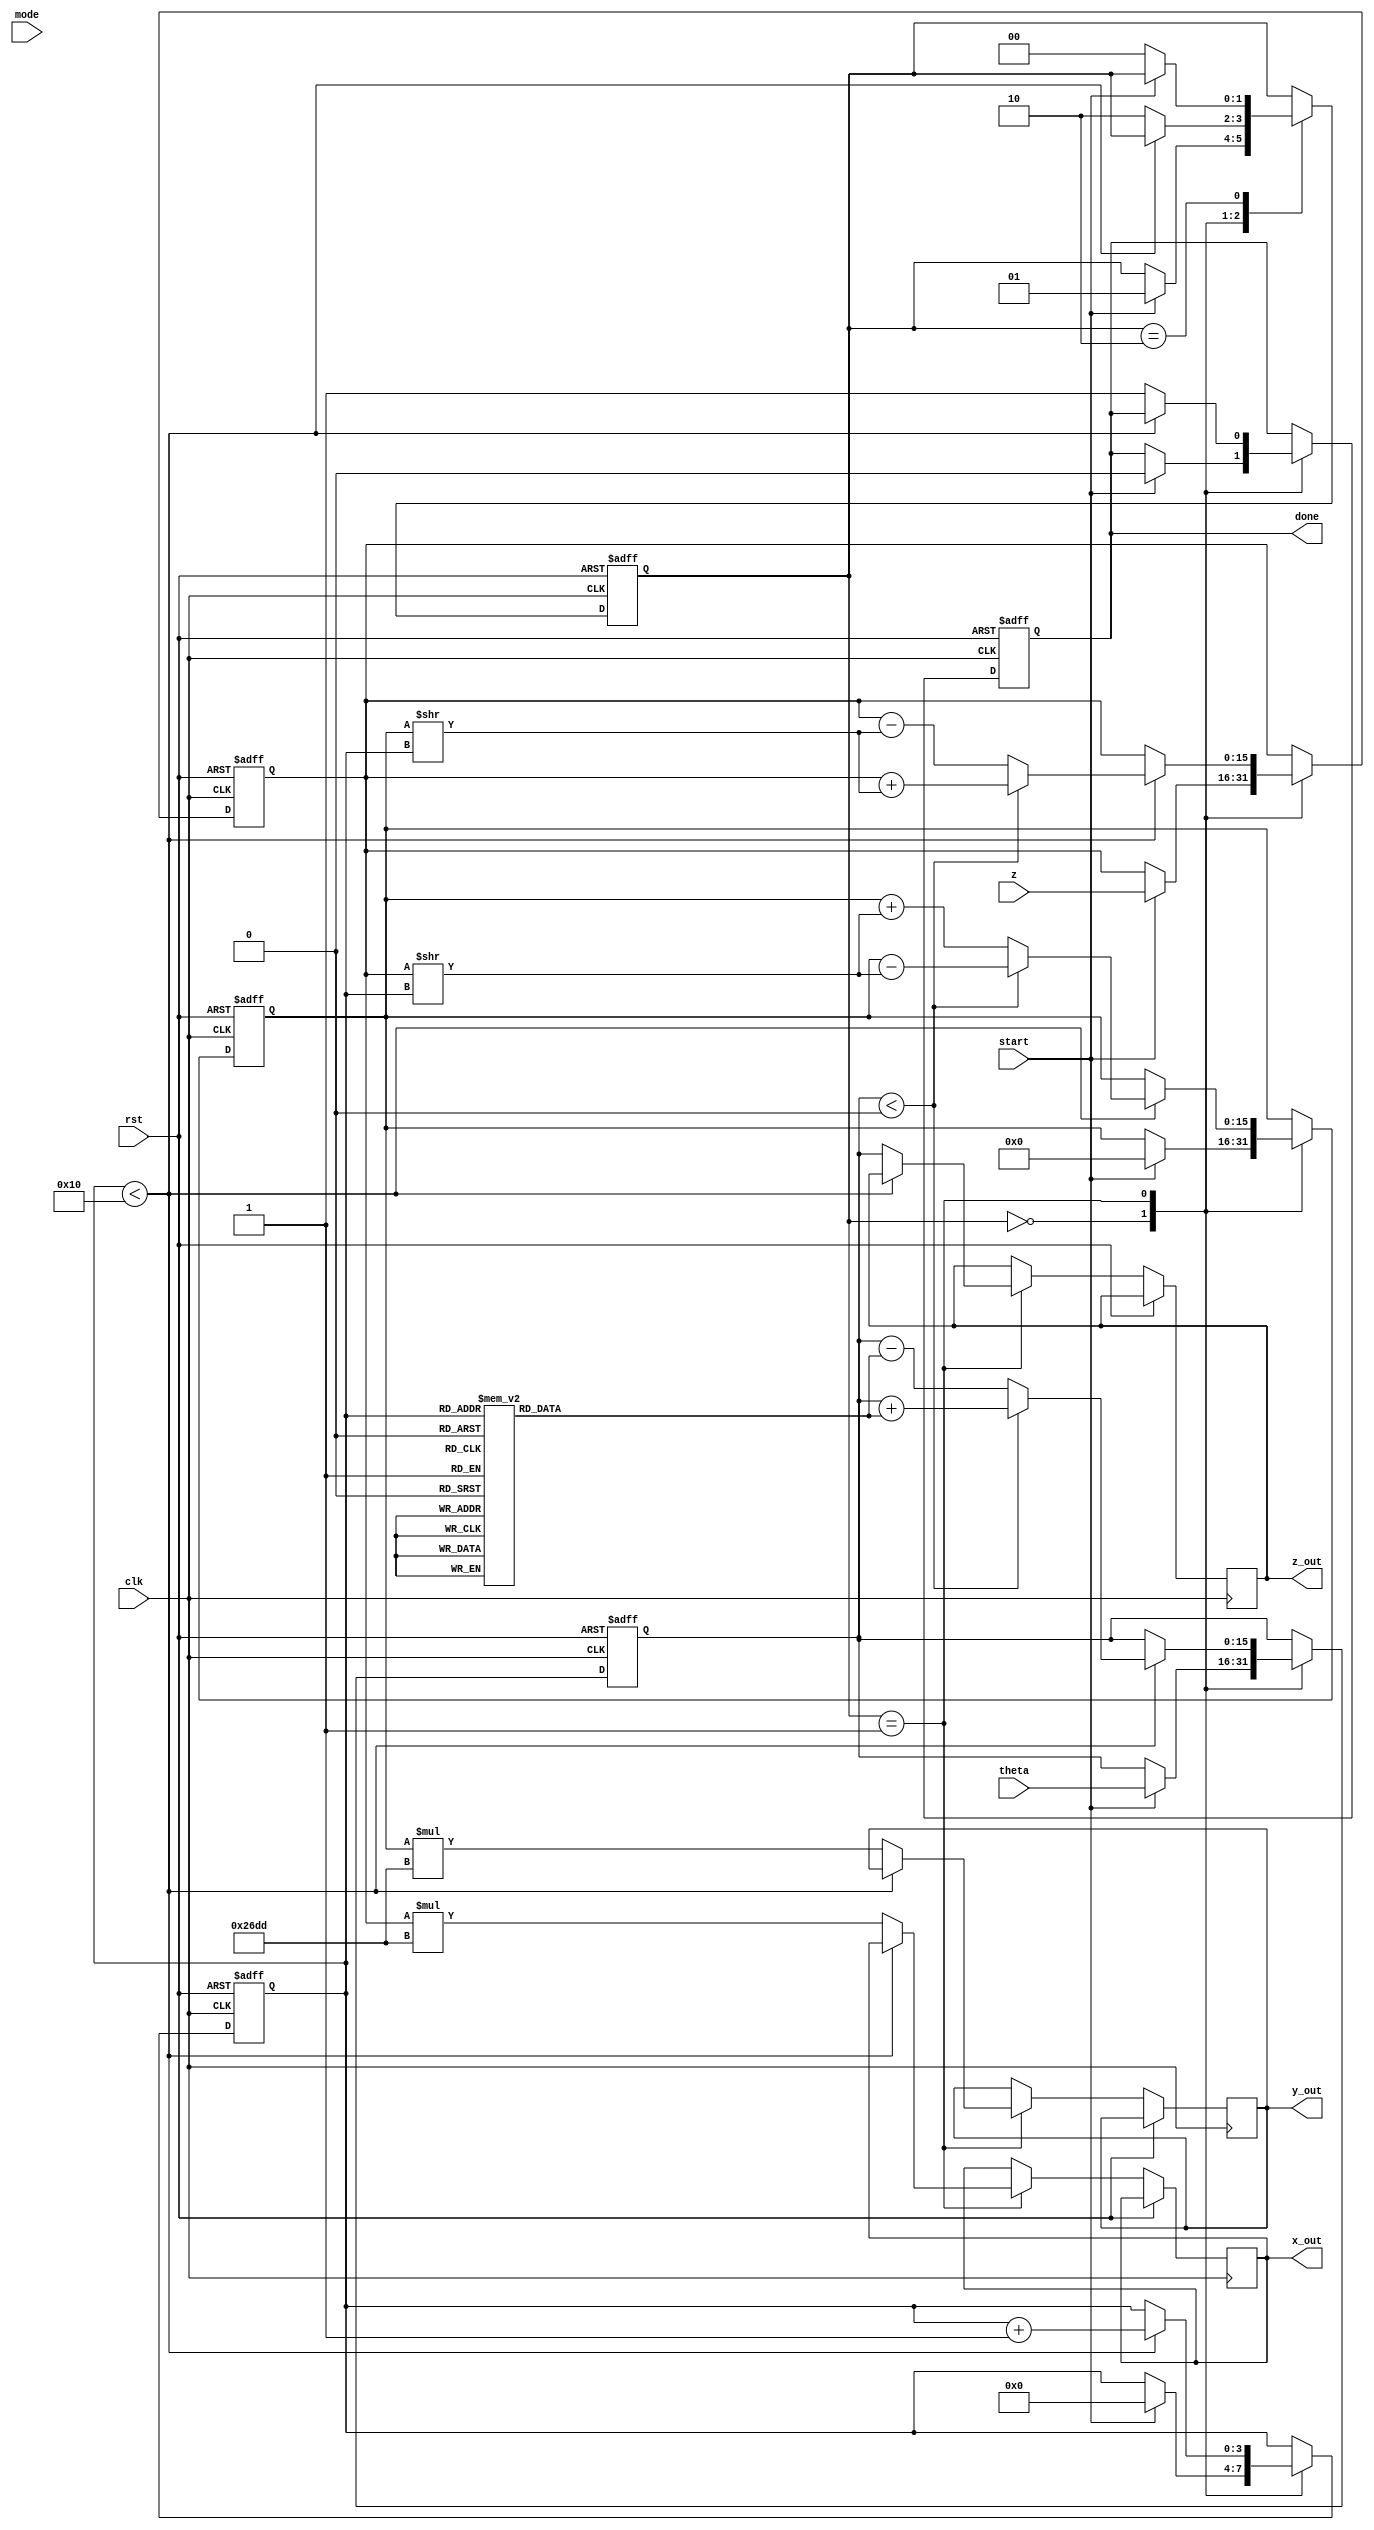
module CORDIC (
    input wire clk,
    input wire rst,
    input wire [15:0] theta,    // Angle input (fixed-point)
    input wire [15:0] z,        // Magnitude input (fixed-point)
    input wire [1:0] mode,      // Operation mode: 00-sine, 01-cosine, 10-hyperbolic, 11-multiplication
    input wire start,           // Start signal
    output reg [15:0] x_out,    // X output
    output reg [15:0] y_out,    // Y output
    output reg [15:0] z_out,    // Z output
    output reg done             // Done signal
);

    // Internal parameters
    parameter N = 16; // Number of iterations
    parameter K = 16'h26DD; // Scaling factor (approx. 0.6072 in fixed-point)
    
    // Lookup table for arctan values (fixed-point)
    reg [15:0] atan_table [0:N-1];
    initial begin
        // Precomputed arctangent values for CORDIC (in fixed-point)
        atan_table[0] = 16'h2000; // atan(2^-0)
        atan_table[1] = 16'h1000; // atan(2^-1)
        atan_table[2] = 16'h0800; // atan(2^-2)
        atan_table[3] = 16'h0400; // atan(2^-3)
        atan_table[4] = 16'h0200; // atan(2^-4)
        atan_table[5] = 16'h0100; // atan(2^-5)
        atan_table[6] = 16'h0080; // atan(2^-6)
        atan_table[7] = 16'h0040; // atan(2^-7)
        atan_table[8] = 16'h0020; // atan(2^-8)
        atan_table[9] = 16'h0010; // atan(2^-9)
        atan_table[10] = 16'h0008; // atan(2^-10)
        atan_table[11] = 16'h0004; // atan(2^-11)
        atan_table[12] = 16'h0002; // atan(2^-12)
        atan_table[13] = 16'h0001; // atan(2^-13)
        atan_table[14] = 16'h0001; // atan(2^-14)
        atan_table[15] = 16'h0000; // atan(2^-15)
    end

    // Internal registers
    reg [15:0] x, y, z_reg;
    reg [3:0] iter; // Iteration counter
    reg [1:0] state; // State machine

    // State machine states
    localparam IDLE = 2'b00, CALC = 2'b01, DONE = 2'b10;

    // Main process
    always @(posedge clk or posedge rst) begin
        if (rst) begin
            x <= 16'h0;
            y <= 16'h0;
            z_reg <= 16'h0;
            iter <= 4'h0;
            done <= 1'b0;
            state <= IDLE;
        end else begin
            case (state)
                IDLE: begin
                    if (start) begin
                        // Initialize inputs
                        x <= z; // Initial x is the magnitude
                        y <= 16'h0; // Initial y is 0
                        z_reg <= theta; // Load angle
                        iter <= 4'h0; // Reset iteration counter
                        done <= 1'b0;
                        state <= CALC;
                    end
                end
                CALC: begin
                    if (iter < N) begin
                        // CORDIC iteration
                        if (z_reg < 16'h0) begin
                            // Rotate clockwise
                            x <= x + (y >> iter);
                            y <= y - (x >> iter);
                            z_reg <= z_reg + atan_table[iter];
                        end else begin
                            // Rotate counterclockwise
                            x <= x - (y >> iter);
                            y <= y + (x >> iter);
                            z_reg <= z_reg - atan_table[iter];
                        end
                        iter <= iter + 1;
                    end else begin
                        // Finished all iterations
                        x_out <= x * K; // Apply scaling factor
                        y_out <= y * K; // Apply scaling factor
                        z_out <= z_reg; // Final angle or magnitude
                        done <= 1'b1;
                        state <= DONE;
                    end
                end
                DONE: begin
                    // Wait for reset or new start signal
                    if (!start) begin
                        state <= IDLE;
                    end
                end
            endcase
        end
    end
endmodule